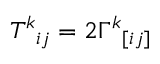
T ^ { k } { } _ { i j } = 2 \Gamma ^ { k } { } _ { [ i j ] }